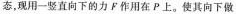
态，现用一竖直向下的力F作用在P上。使其向下做